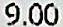
9.00